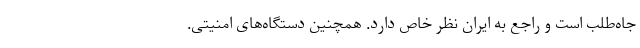
جاه‌طلب است و راجع به ایران نظر خاص دارد. همچنین دستگاه‌های امنیتی.